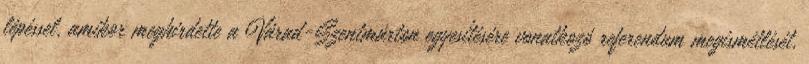
lépéssel, amikor meghirdette a Várad-Szentmárton egyesítésére vonatkozó referendum megismétlését,